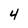
Character: 4